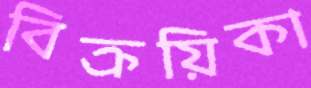
বিক্রয়িকা